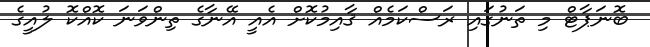
ބޮނަޕާޓް މި ތަނުގައި ރަސްކަމެއް ޤާއިމުކޮށް އެއީ އޭނާގެ ތިންވަނަ ކޮއްކޮ ލުއީގެ